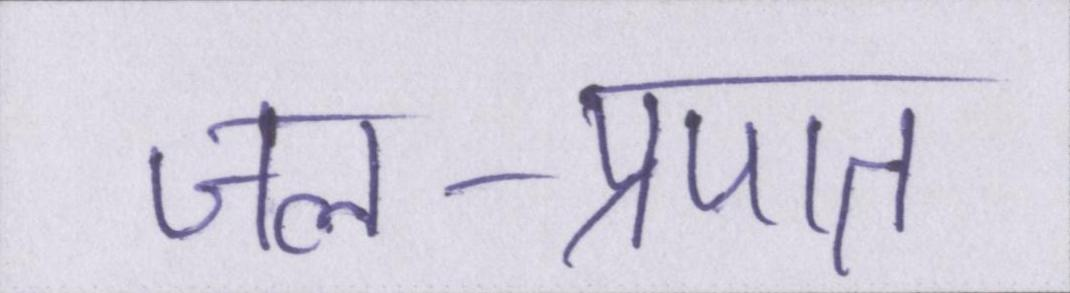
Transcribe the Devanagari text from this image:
जल-प्रपात